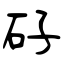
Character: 矷